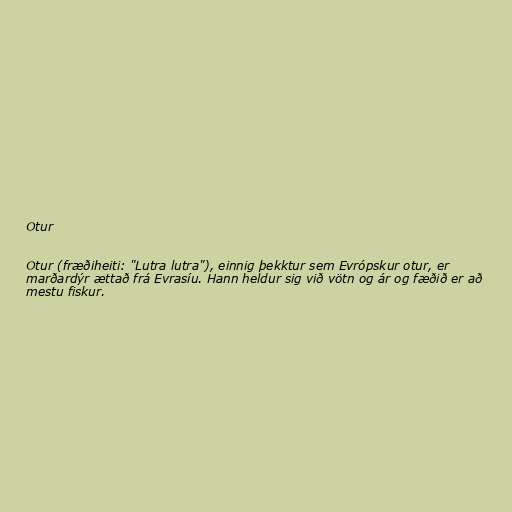
Otur

Otur (fræðiheiti: "Lutra lutra"), einnig þekktur sem Evrópskur otur, er
marðardýr ættað frá Evrasíu. Hann heldur sig við vötn og ár og fæðið er að
mestu fiskur.